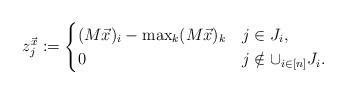
LaTeX: \begin{align*}z^{\vec x}_j := \begin{cases}(M\vec x)_{i} - \max_k (M\vec x)_k & j \in J_i, \\0 & j \notin \cup_{i\in[n]} J_i.\end{cases}\end{align*}